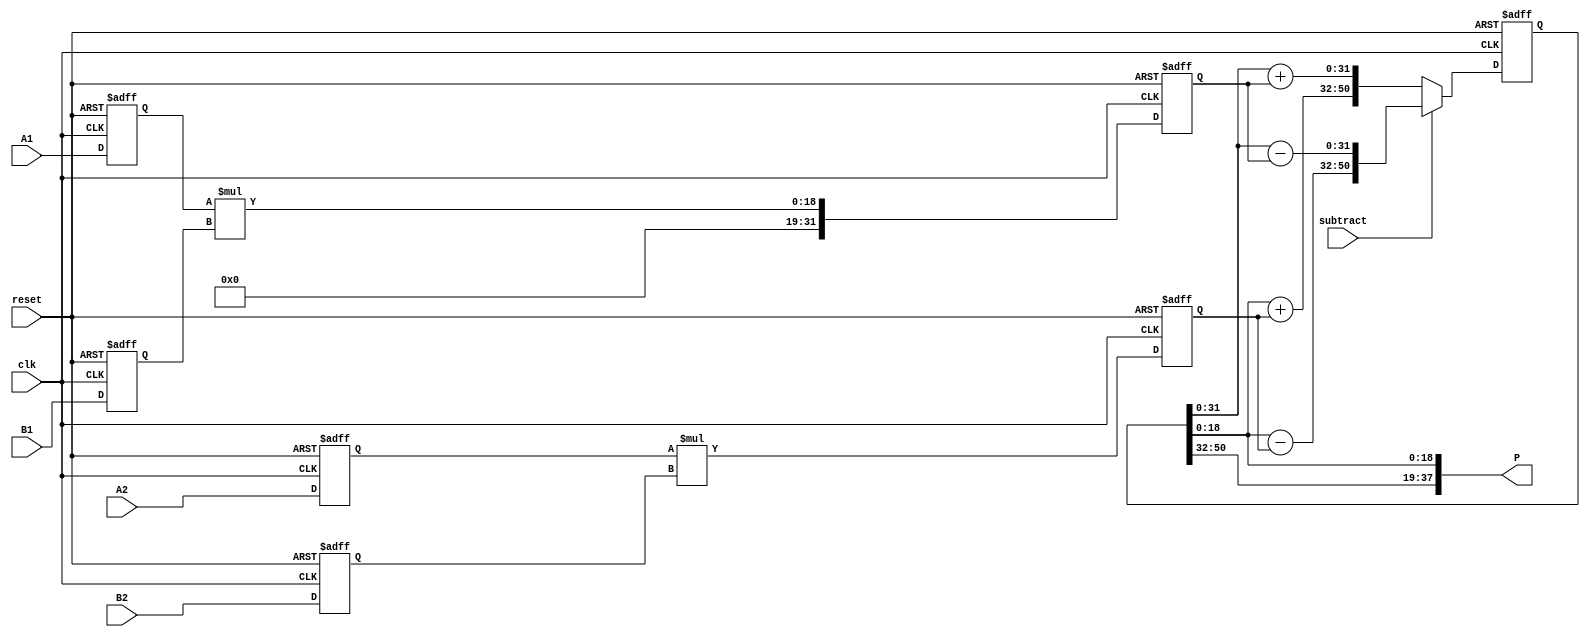
module dsp_mult_accum_input_registered_output_not_registered_inf_dsp19x2 (clk, reset, subtract, A1, A2, B1, B2, P);
	input clk, reset, subtract;
	input  [9:0] A1;
	input  [9:0] A2;
	input  [8:0] B1;
	input  [8:0] B2;
	output reg  [37:0] P;
	reg    [9:0] A1_reg;
	reg    [9:0] A2_reg;
	reg    [8:0] B1_reg;
	reg    [8:0] B2_reg;
	reg    [31:0] mult1, mult2;
	reg    [63:0] add_or_sub;

	always @(posedge clk, negedge reset) begin
		if(reset == 0) begin
			A1_reg <= 0;
			A2_reg <= 0;
			B1_reg <= 0;
			B2_reg <= 0;
		end
		else begin
			A1_reg <= A1;
			A2_reg <= A2;
			B1_reg <= B1;
			B2_reg <= B2;
		end
	end

	always @ (posedge clk or negedge reset)  begin
		if (reset == 0) begin
		mult1 <= 0;
		mult2 <= 0;
		end
		else begin
		mult1 <= A1_reg*B1_reg;
		mult2 <= A2_reg*B2_reg;
		end
	end

	always @ (posedge clk or negedge reset)  begin
		if(reset == 1) begin
			if (subtract)
				add_or_sub = {(add_or_sub[63:0] - $signed(mult2)),(add_or_sub[31:0] - $signed(mult1))};
			else
				add_or_sub = {(add_or_sub[63:0] + $signed(mult2)),(add_or_sub[31:0] + $signed(mult1))};
		end		
		else begin
			add_or_sub = 0;
		end		
	end

	assign P = {add_or_sub[50:32],add_or_sub[18:0]};
	
endmodule